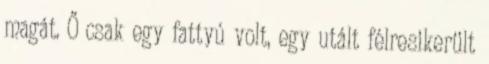
magát. Ő csak egy fattyú volt, egy utált félresikerült